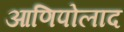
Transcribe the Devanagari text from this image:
आणिपोलाद